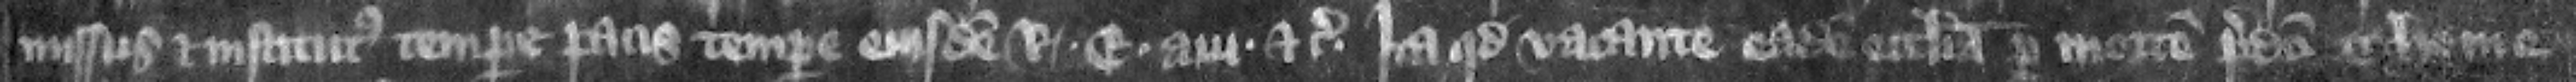
missus et institutus tempore pacis tempore eiusdem regis Edwardi aui etc. Ita quod vacante eadem ecclesia per mortem predicti Thome